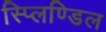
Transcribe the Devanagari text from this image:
स्प्लिण्डिल